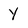
Character: Y